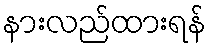
နားလည်ထားရန်